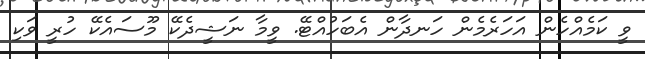
ވީ ކަމެއްހެން އަހަރެމެން ހަނދާން އެބަހުއްޓޭ. ވީމާ ނަޝީދެކޭ މޫސައެކޭ ހުރީ ވަކި